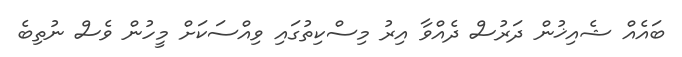
ބައެއް ޝެއިޚުން ދަރުސް ދެއްވާ އިރު މިސްކިތުގައި ވިއްސަކަށް މީހުން ވެސް ނުތިބެ